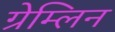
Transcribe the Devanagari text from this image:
ग्रेम्लिन